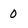
Character: 0